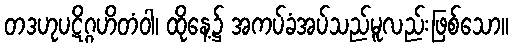
တဒဟုပဋိဂ္ဂဟိတံဝါ၊ ထိုနေ့၌ အကပ်ခံအပ်သည်မူလည်းဖြစ်သော။